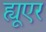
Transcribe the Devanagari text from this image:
ह्यूएर